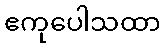
ဧကုပေါသထာ